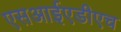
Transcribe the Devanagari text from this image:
एसआईएडीएच